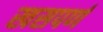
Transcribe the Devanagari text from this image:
खसपर्ण